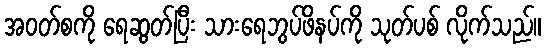
အဝတ်စကို ရေဆွတ်ပြီး သားရေဘွပ်ဖိနပ်ကို သုတ်ပစ် လိုက်သည်။